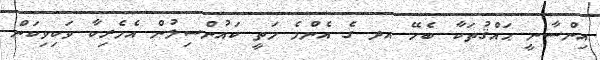
އިންސާނީ ޙައްޤުތަކާ ބެހޭ އދ ގެ އެންމެ މަތީ ކައުންސިލުން އެމެރިކާ ވަކިވިކަން